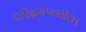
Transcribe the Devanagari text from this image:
परिभ्रमणशील।